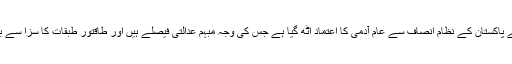
بدقسمتی سے پاکستان کے نظام انصاف سے عام آدمی کا اعتماد اٹھ گیا ہے جس کی وجہ مبہم عدالتی فیصلے ہیں اور طاقتور طبقات کا سزا سے بچ نکلنا ہے۔